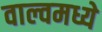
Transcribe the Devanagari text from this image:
वाल्वमध्ये